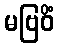
မဗြဝိံ